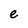
Character: e